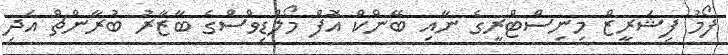
ފޯމު ފިޝަރީޒް މިނިސްޓްރީގެ ނާއި ބޭންކް އޮފް މޯލްޑިވްސްގެ ބާޒާރު ބުރާންޗް އަދި